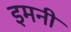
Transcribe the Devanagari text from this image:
इमनी